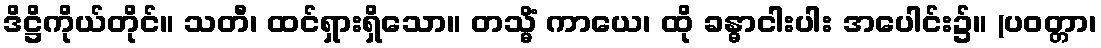
ဒိဋ္ဌိကိုယ်တိုင်။ သတီ၊ ထင်ရှားရှိသော။ တသ္မိံ ကာယေ၊ ထို ခန္ဓာငါးပါး အပေါင်း၌။ (ပဝတ္တာ၊